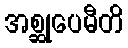
အစ္ဆုပေမီတိ